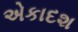
એકાદશ